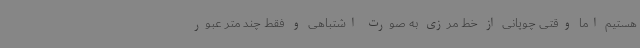
هستیم اما وقتی چوپانی از خط مرزی به صورت اشتباهی و فقط چند متر عبور